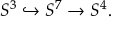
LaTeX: S ^ { 3 } \hookrightarrow S ^ { 7 } \to S ^ { 4 } .